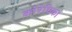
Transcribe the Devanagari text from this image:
कोरेचिका